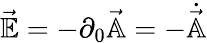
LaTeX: \vec{\mathbb{E}}=-\partial_{0}\vec{\mathbb{A}}=-\dot{\vec{\mathbb{A}}}